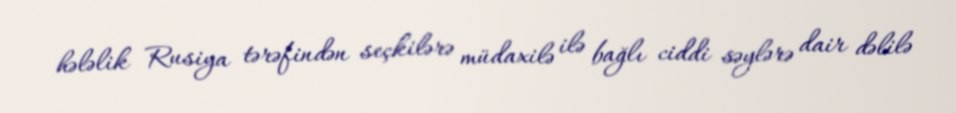
hələlik Rusiya tərəfindən seçkilərə müdaxilə ilə bağlı ciddi səylərə dair dəlilə